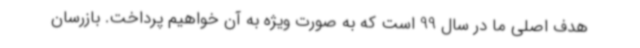
هدف اصلی ما در سال 99 است که به صورت ویژه به آن خواهیم پرداخت. بازرسان